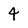
Character: 4